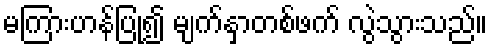
မကြားဟန်ပြု၍ မျက်နှာတစ်ဖက် လွဲသွားသည်။